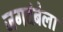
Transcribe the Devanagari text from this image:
जगदंबेला